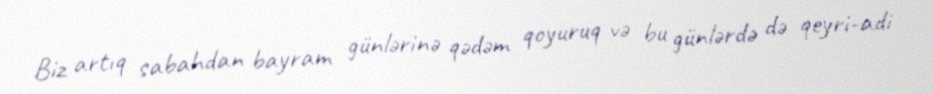
Biz artıq sabahdan bayram günlərinə qədəm qoyuruq və bu günlərdə də qeyri-adi